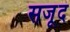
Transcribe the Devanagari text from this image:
सजूद